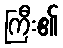
ကြီး၏